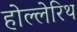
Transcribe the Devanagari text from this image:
होल्लेरिथ